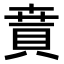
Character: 𧶚